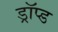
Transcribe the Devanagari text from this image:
ड्रॉप्ड